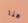
هنا